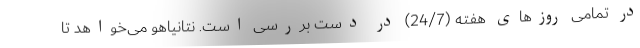
در تمامی روزهای هفته (24/7) در دست بررسی است. نتانیاهو می‌خواهد تا